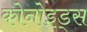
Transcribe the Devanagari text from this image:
कोनोइड्स